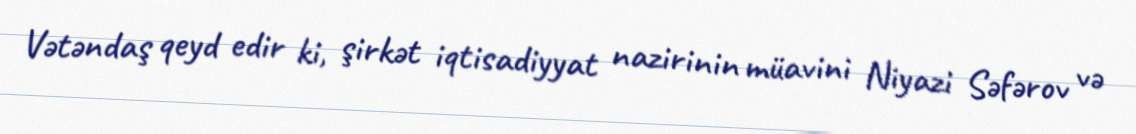
Vətəndaş qeyd edir ki, şirkət iqtisadiyyat nazirinin müavini Niyazi Səfərov və